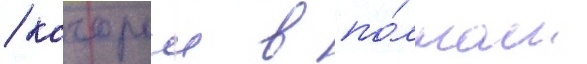
/ которыи в по́лном